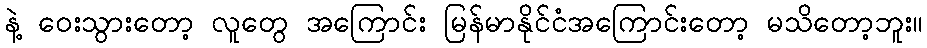
နဲ့ ဝေးသွားတော့ လူတွေ အကြောင်း မြန်မာနိုင်ငံအကြောင်းတော့ မသိတော့ဘူး။